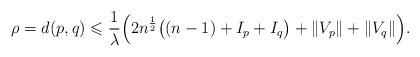
LaTeX: \begin{align*}{\rho}=d(p,q)\leqslant\frac{1}{\lambda}\Big(2n^{\frac{1}{2}}\big((n-1)+I_p+I_q\big)+\Vert V_p\Vert+\Vert V_q\Vert\Big).\end{align*}